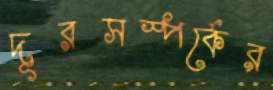
দূরসস্পর্কের